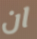
ان